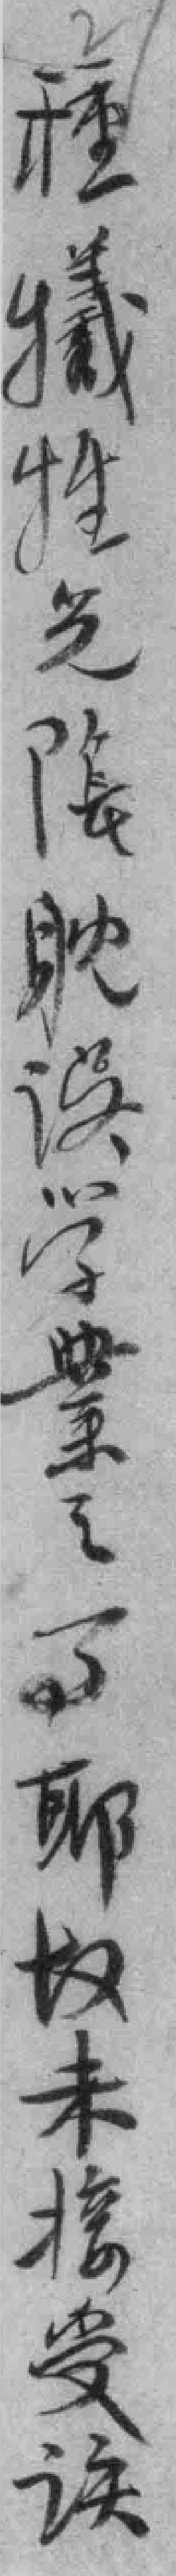
種犧牲免耽误学業之事耶𪢲未接受该